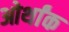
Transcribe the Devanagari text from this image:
ओर्थांक